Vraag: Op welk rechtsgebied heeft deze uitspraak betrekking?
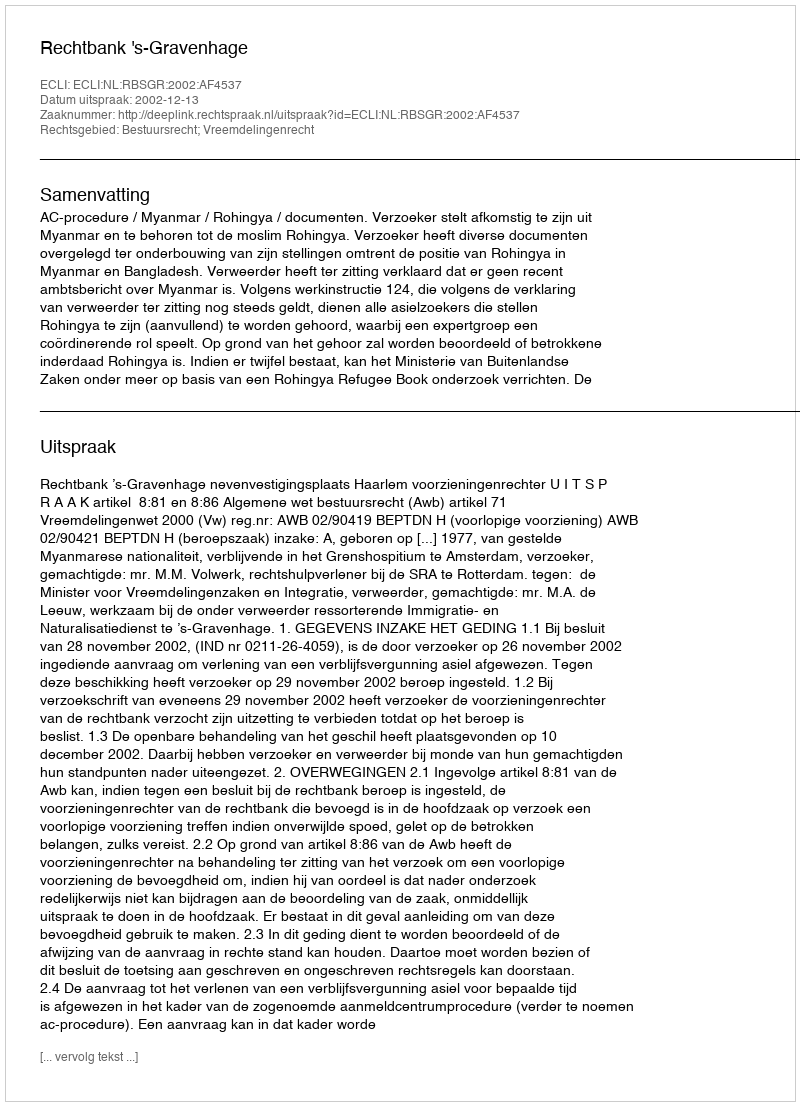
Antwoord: Bestuursrecht; Vreemdelingenrecht